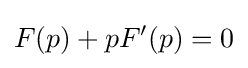
F(p)+pF'(p)=0